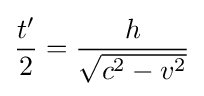
{\frac {t'}{2}}={\frac {h}{\sqrt {c^{2}-v^{2}}}}